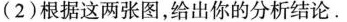
(2)根据这两张图，给出你的分析结论。